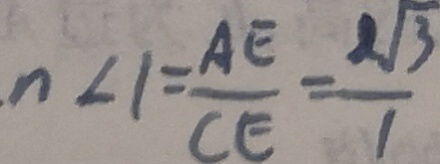
n < 1 = \frac { A E } { C E } = \frac { 2 \sqrt { 3 } } { 1 }